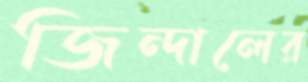
জিন্দালের